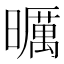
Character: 曞